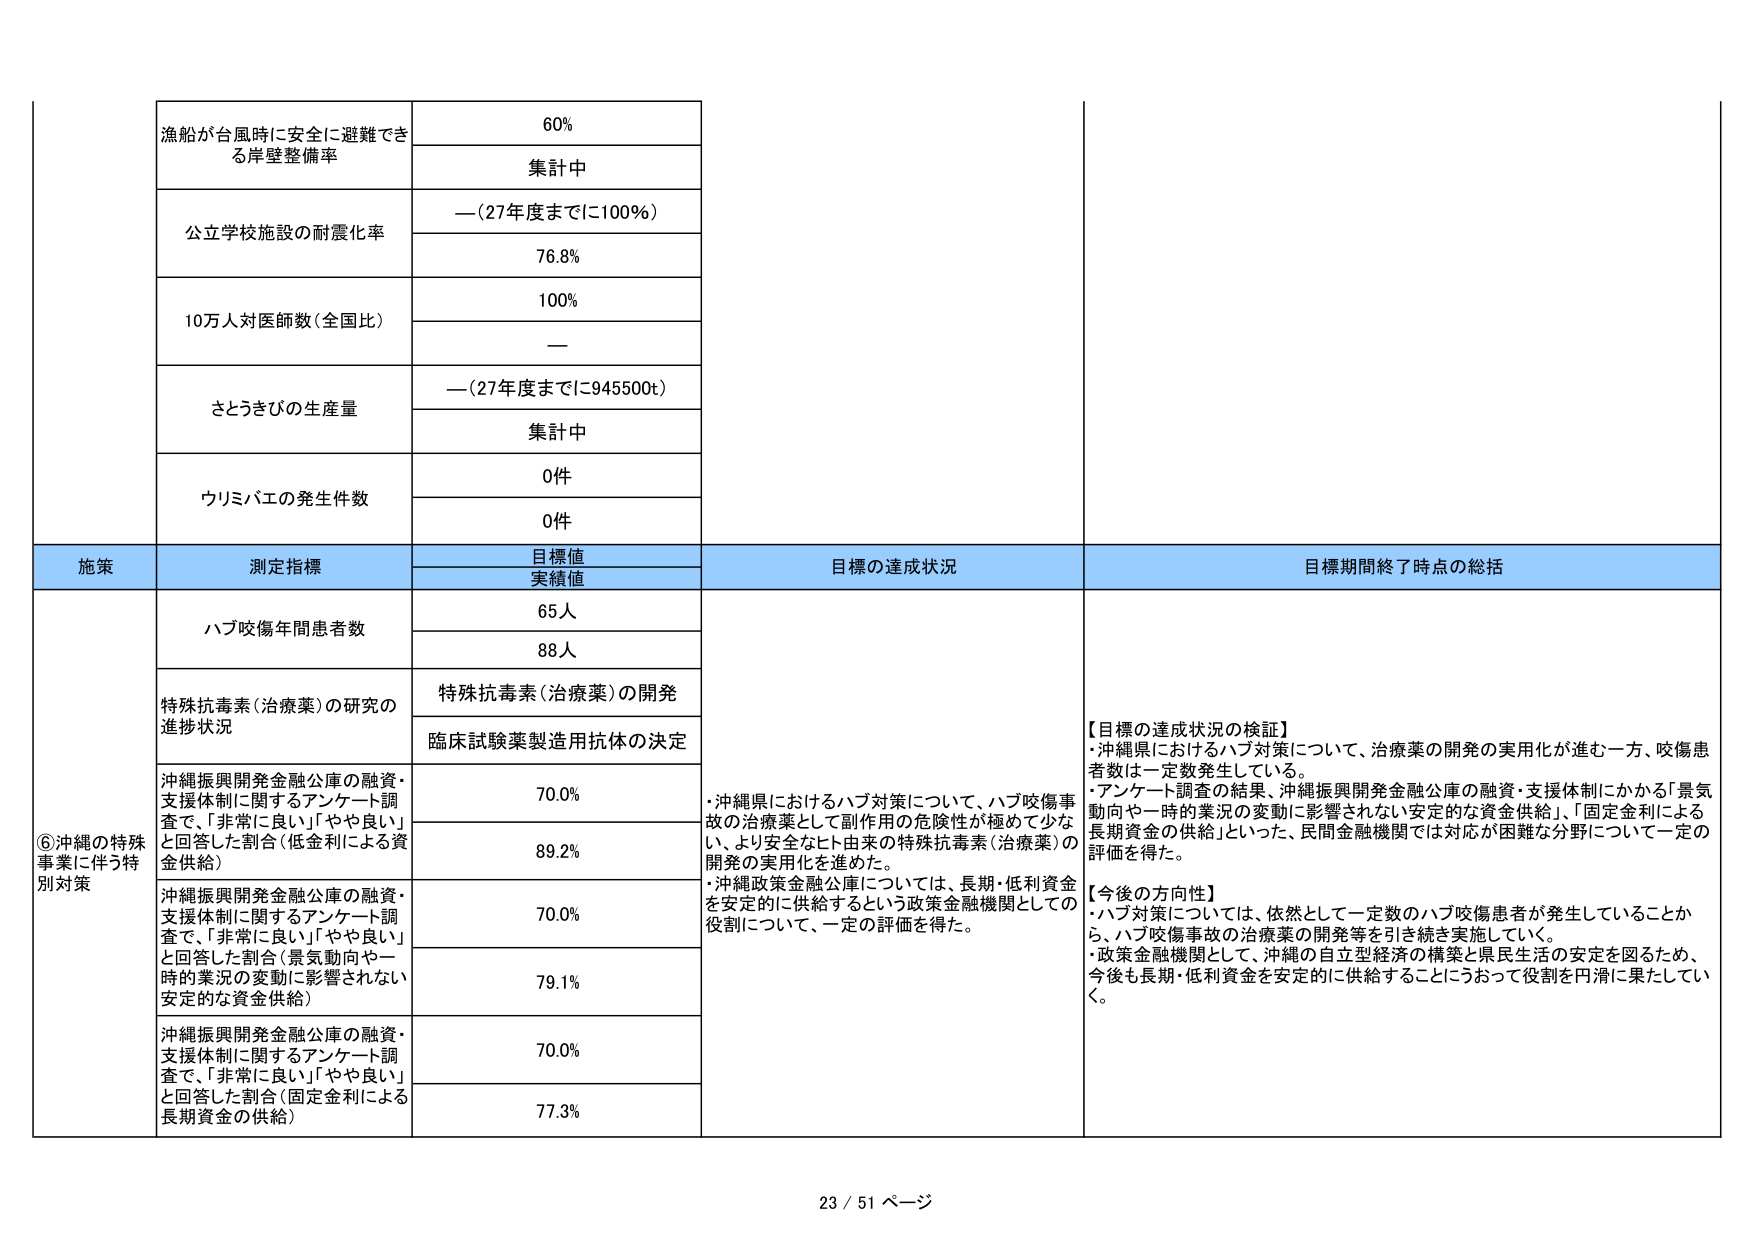
漁船が台風時に安全に避難できる岸壁整備率
60%
集計中

公立学校施設の耐震化率
—（27年度までに100%）
76.8%

10万人対医師数（全国比）
100%
—

さとうきびの生産量
—（27年度までに945500t）
集計中

ウリミバエの発生件数
0件
0件

施策
測定指標
目標値
実績値
目標の達成状況
目標期間終了時点の総括

⑥沖縄の特殊事業に伴う特別対策
ハブ咬傷年間患者数
65人
88人

特殊抗毒素（治療薬）の研究の進捗状況
特殊抗毒素（治療薬）の開発
臨床試験薬製造用抗体の決定

沖縄振興開発金融公庫の融資・支援体制に関するアンケート調査で、「非常に良い」「やや良い」と回答した割合（低金利による資金供給）
70.0%
89.2%

沖縄振興開発金融公庫の融資・支援体制に関するアンケート調査で、「非常に良い」「やや良い」と回答した割合（景気動向や一時的業況の変動に影響されない安定的な資金供給）
70.0%
79.1%

沖縄振興開発金融公庫の融資・支援体制に関するアンケート調査で、「非常に良い」「やや良い」と回答した割合（固定金利による長期資金の供給）
70.0%
77.3%

・沖縄県におけるハブ対策について、ハブ咬傷事故の治療薬として副作用の危険性が極めて少ない、より安全なヒト由来の特殊抗毒素（治療薬）の開発の実用化を進めた。
・沖縄政策金融公庫については、長期・低利資金を安定的に供給するという政策金融機関としての役割について、一定の評価を得た。

【目標の達成状況の検証】
・沖縄県におけるハブ対策について、治療薬の開発の実用化が進む一方、咬傷患者数は一定数発生している。
・アンケート調査の結果、沖縄振興開発金融公庫の融資・支援体制にかかる「景気動向や一時的業況の変動に影響されない安定的な資金供給」、「固定金利による長期資金の供給」といった、民間金融機関では対応が困難な分野について一定の評価を得た。

【今後の方針】
・ハブ対策については、依然として一定数のハブ咬傷患者が発生していることから、ハブ咬傷事故の治療薬の開発等を引き続き実施していく。
・政策金融機関として、沖縄の自立型経済の構築と県民生活の安定を図るため、今後も長期・低利資金を安定的に供給することにうおって役割を円滑に果たしていく。

23 / 51 ページ